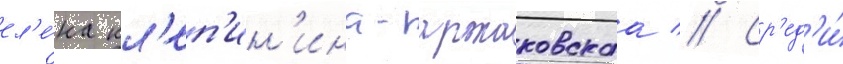
ел'е́на кл'еп'ин'ина-аржаковскаа // Ср'ед'и́